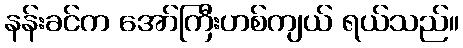
နန်းခင်က အော်ကြီးဟစ်ကျယ် ရယ်သည်။